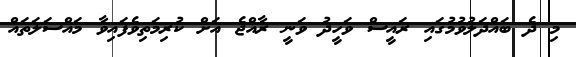
މި ދެ ބައްދަލުވުމުގައި ރައީސް ވަހީދު ވަނީ ރާއްޖެ އަށް ކުރިމަތިވެފައިވާ މައްސަލަތައް